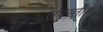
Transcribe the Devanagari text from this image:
उपस्तीत